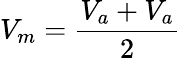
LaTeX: V_{m}=\frac{V_{a}+V_{a}}{2}